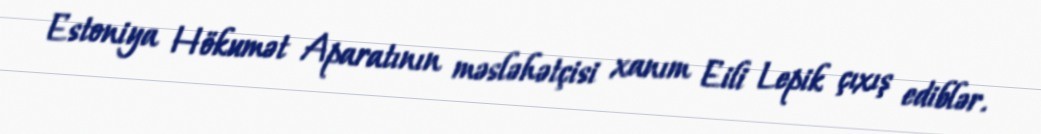
Estoniya Hökumət Aparatının məsləhətçisi xanım Eili Lepik çıxış ediblər.